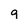
Character: 9